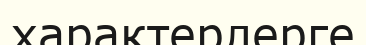
характерлерге